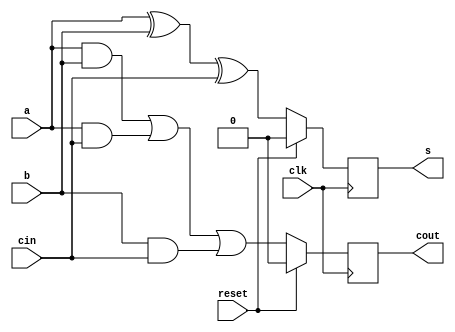
module full_adder_final(clk, reset, a, b, cin, s, cout);
  input clk;
  input reset;
  input a;
  input b;
  input cin;
  output reg s;
  output reg cout;

  always @(posedge clk)
begin 
   if (reset)
	begin 
	s <= 1'b0;
	cout <= 1'b0; 
        end      
    else begin
	cout <= (a & b) | (a & cin) | (b & cin);
	s <= a ^ b ^ cin;
    	 end
  end
endmodule